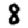
Digit: 8